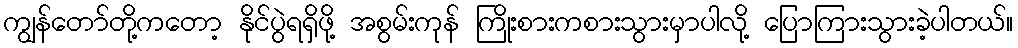
ကျွန်တော်တို့ကတော့ နိုင်ပွဲရရှိဖို့ အစွမ်းကုန် ကြိုးစားကစားသွားမှာပါလို့ ပြောကြားသွားခဲ့ပါတယ်။